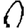
Digit: 0